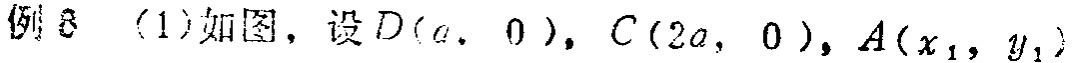
例8 （1）如图，设 \(D(a,0)\)，\(C(2a,0)\)，\(A(x_1,y_1)\)